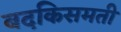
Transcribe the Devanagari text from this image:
बदकिसमती